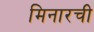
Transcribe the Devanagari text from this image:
मिनारची